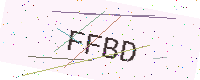
Text: FFBD